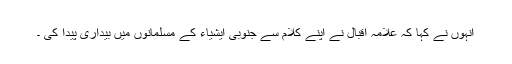
انہوں نے کہا کہ علامہ اقبال نے اپنے کلام سے جنوبی ایشیاء کے مسلمانوں میں بیداری پیدا کی ۔